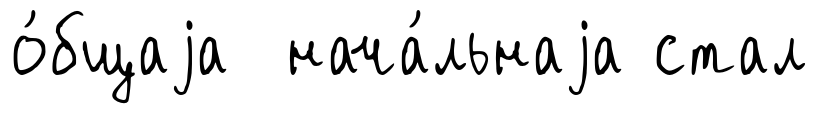
о́бщаjа нача́льнаjа стал